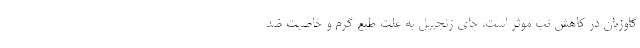
گاوزبان در کاهش تب موثر است. چای زنجبیل به علت طبع گرم و خاصیت ضد